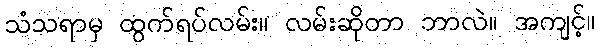
သံသရာမှ ထွက်ရပ်လမ်း။ လမ်းဆိုတာ ဘာလဲ။ အကျင့်။